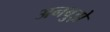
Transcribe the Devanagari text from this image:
अनबुझे